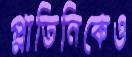
প্লাতিনিকেও